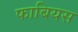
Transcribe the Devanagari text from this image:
फाबियस